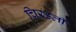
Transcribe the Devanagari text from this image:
चिरडली